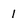
Character: 1